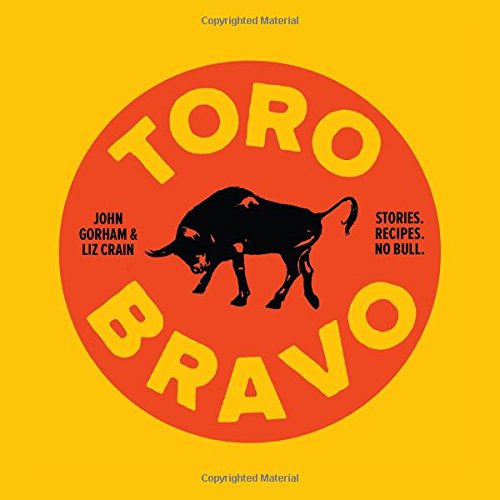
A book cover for Toro Bravo: Stories. Recipes. No Bull.; Liz Crain; Cookbooks, Food & Wine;